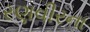
રણવીરના